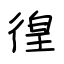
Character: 徨